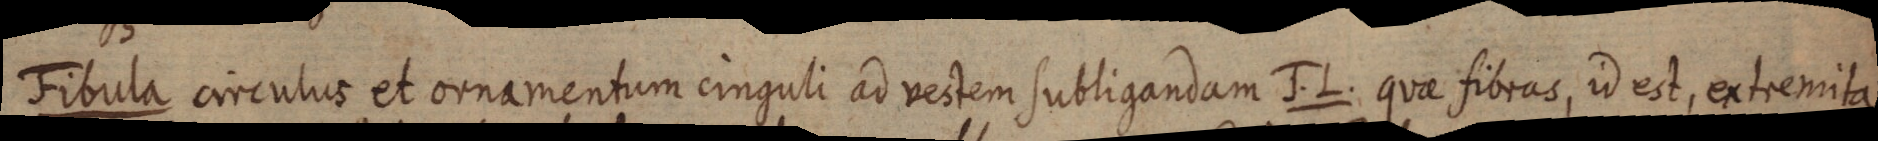
Fibula circulus et ornamentum cinguli ad vestem subligandam J. L. quae fibras, id est, extremita